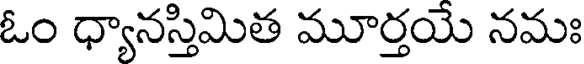
ఓం ధ్యానస్తిమిత మూర్తయే నమః